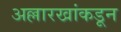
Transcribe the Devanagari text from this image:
अल्लारखांकडून